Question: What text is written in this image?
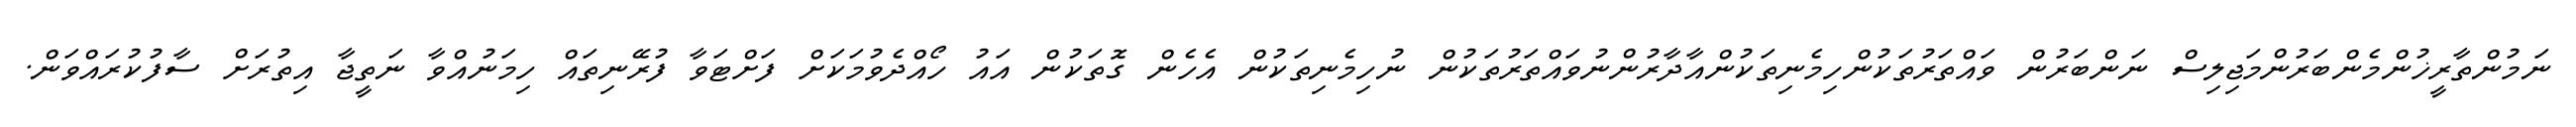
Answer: ނަމުންތާރީޚުންމެންބަރުންމަޖިލިސް ނަންބަރުން ވައްތަރުތަކުންހިމެނިތަކުންއާދާރުންނުވައްތަރުތަކުން ނުހިމެނިތަކުން އެހެން ގޮތަކުން އައު ހޯއްދެވުމަކަށް ފަށްޓަވާ ފުރޭނިތައް ހިމަނުއްވާ ނަތީޖާ އިތުރަށް ސާފުކުރައްވަން.